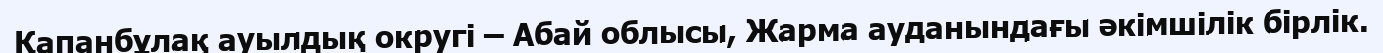
Қапанбұлақ ауылдық округі – Абай облысы, Жарма ауданындағы әкімшілік бірлік.